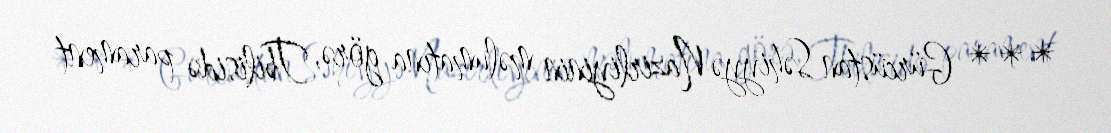
*** Gürcüstan Səhiyyə Nazirliyinin məlumatına görə, Tbilisidə parament